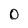
Character: O